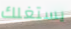
يستغلك